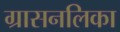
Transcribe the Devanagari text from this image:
ग्रासनलिका